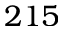
2 1 5